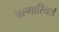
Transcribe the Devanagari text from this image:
बल्गारियाई